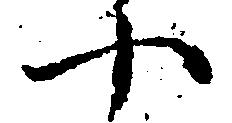
十